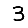
Digit: 3